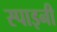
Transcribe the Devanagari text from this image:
स्पाइनी